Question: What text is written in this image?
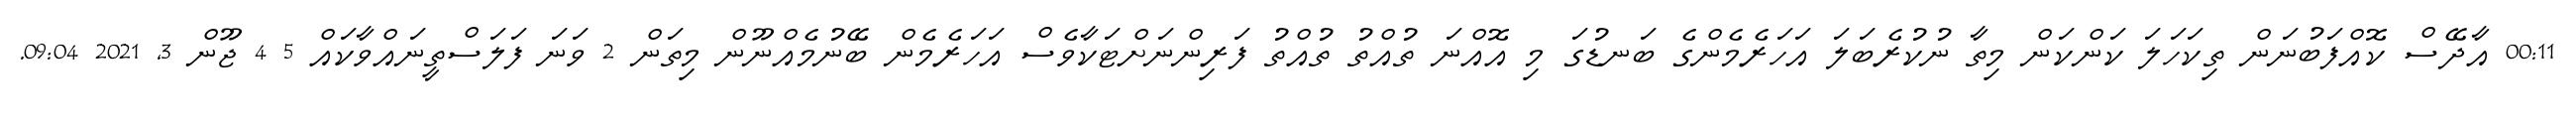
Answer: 00:11 އާދޭސް ކޮއްފަބުނަން ތިކަހަލަ ކަންކަން މިތާ ނުކުރެބަލަ އަހަރެމެންގެ ބަނޑުގަ މި އޮއްނަ ތުއްތު ތުއްތު ފަރިންނަށްޓަކާވެސް އަހަރެމެން ބޭނުމެއްނޫން މިތަން 2 ވަނަ ފަލަސްތީނައްވާކައް 5 4 ޖޫން 3, 2021 09:04.